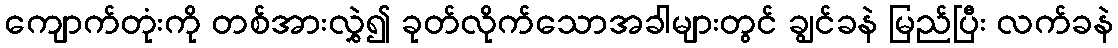
ကျောက်တုံးကို တစ်အားလွှဲ၍ ခုတ်လိုက်သောအခါများတွင် ချွင်ခနဲ မြည်ပြီး လက်ခနဲ